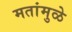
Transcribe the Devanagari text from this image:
मतांमुळे